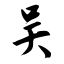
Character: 吴